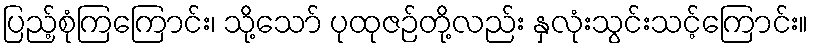
ပြည့်စုံကြကြောင်း၊ သို့သော် ပုထုဇဉ်တို့လည်း နှလုံးသွင်းသင့်ကြောင်း။